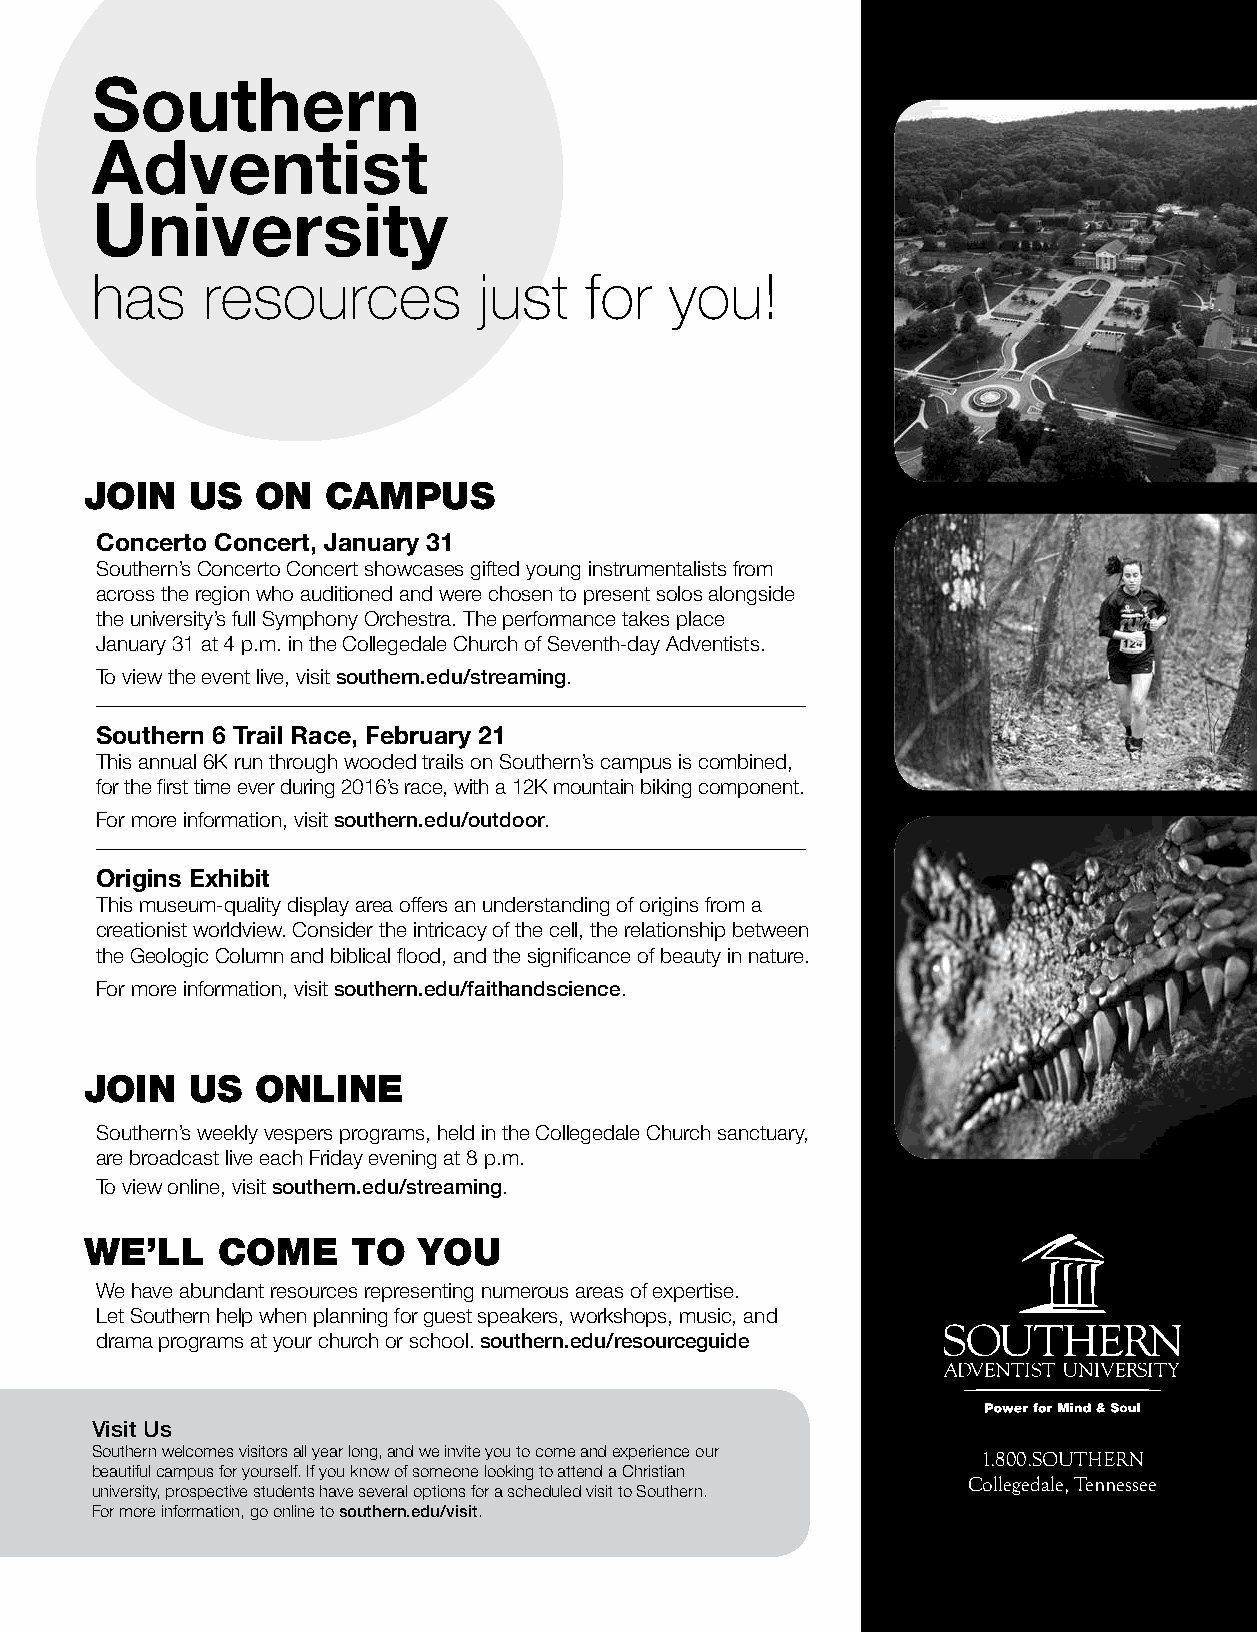
Southern
 Adventist
 University
 has    resources          just   for  you!
 JOIN   US  ON   CAMPUS
 Concerto Concert, January 31
 Southern’s Concerto Concert showcases gifted young instrumentalists from
 across the region who auditioned and were chosen to present solos alongside
 the university’s full Symphony Orchestra. The performance takes place
 January 31 at 4 p.m. in the Collegedale Church of Seventh-day Adventists.
 To view the event live, visit southern.edu/streaming.
 ___________________________________________________________
 Southern 6 Trail Race, February 21
 This annual 6K run through wooded trails on Southern’s campus is combined,
 for the first time ever during 2016’s race, with a 12K mountain biking component.
 For more information, visit southern.edu/outdoor.
 ___________________________________________________________
 Origins Exhibit
 This museum-quality display area offers an understanding of origins from a
 creationist worldview. Consider the intricacy of the cell, the relationship between
 the Geologic Column and biblical flood, and the significance of beauty in nature.
 For more information, visit southern.edu/faithandscience.
 JOIN  US   ONLINE
 Southern’s weekly vespers programs, held in the Collegedale Church sanctuary,
 are broadcast live each Friday evening at 8 p.m.
 To view online, visit southern.edu/streaming.
 WE’LL   COME     TO   YOU
 We have abundant resources representing numerous areas of expertise.
 Let Southern help when planning for guest speakers, workshops, music, and
 drama programs at your church or school. southern.edu/resourceguide
 Visit Us
 Southern welcomes visitors all year long, and we invite you to come and experience our 1.800.SOUTHERN
 beautiful campus for yourself. If you know of someone looking to attend a Christian
 Collegedale, Tennessee
 university, prospective students have several options for a scheduled visit to Southern.
 For more information, go online to southern.edu/visit.
 January 2016 | SOUTHERN TIDINGS 45